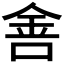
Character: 𰼟